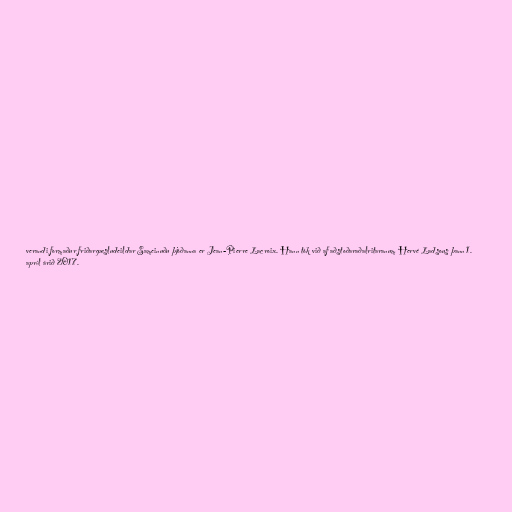
verandi formaður friðargæsludeildar Sameinuðu þjóðanna er Jean-Pierre Lacroix. Hann tók við af aðstoðaraðalritaranum Hervé Ladsous þann 1.
apríl árið 2017.